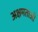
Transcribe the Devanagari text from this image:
अक्षमताओ